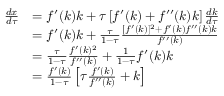
{ \begin{array} { r l } { { \frac { d x } { d \tau } } } & { = f ^ { \prime } ( k ) k + \tau \left[ f ^ { \prime } ( k ) + f ^ { \prime \prime } ( k ) k \right] { \frac { d k } { d \tau } } } \\ & { = f ^ { \prime } ( k ) k + { \frac { \tau } { 1 - \tau } } { \frac { [ f ^ { \prime } ( k ) ] ^ { 2 } + f ^ { \prime } ( k ) f ^ { \prime \prime } ( k ) k } { f ^ { \prime \prime } ( k ) } } } \\ & { = { \frac { \tau } { 1 - \tau } } { \frac { f ^ { \prime } ( k ) ^ { 2 } } { f ^ { \prime \prime } ( k ) } } + { \frac { 1 } { 1 - \tau } } f ^ { \prime } ( k ) k } \\ & { = { \frac { f ^ { \prime } ( k ) } { 1 - \tau } } \left[ \tau { \frac { f ^ { \prime } ( k ) } { f ^ { \prime \prime } ( k ) } } + k \right] } \end{array} }